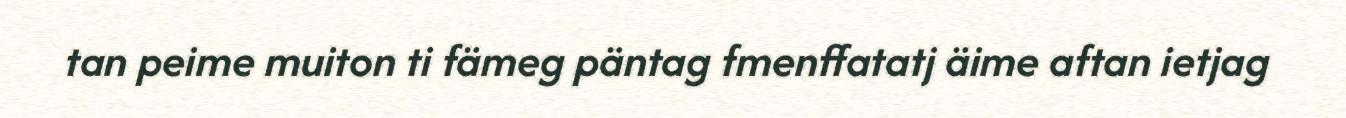
tan peime muiton ti fämeg päntag fmenffatatj äime aftan ietjag